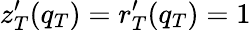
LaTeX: z_{T}^{\prime}(q_{T})=r_{T}^{\prime}(q_{T})=1